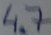
Text: 4.7